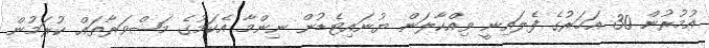
އުމުރުން 30 އަހަރުގެ ފެލައިނީ ވިއްކާލަން ޔުނައިޓެޑުން ނިންމާ އެކަމުގެ މަޝްވަރާތައް ކުރަމުން